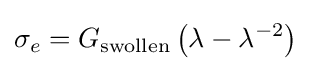
\sigma _{e}=G_{\textrm {swollen}}\left(\lambda -\lambda ^{-2}\right)